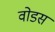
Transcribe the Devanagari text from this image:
वोडस